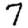
Digit: 7